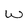
Character: w